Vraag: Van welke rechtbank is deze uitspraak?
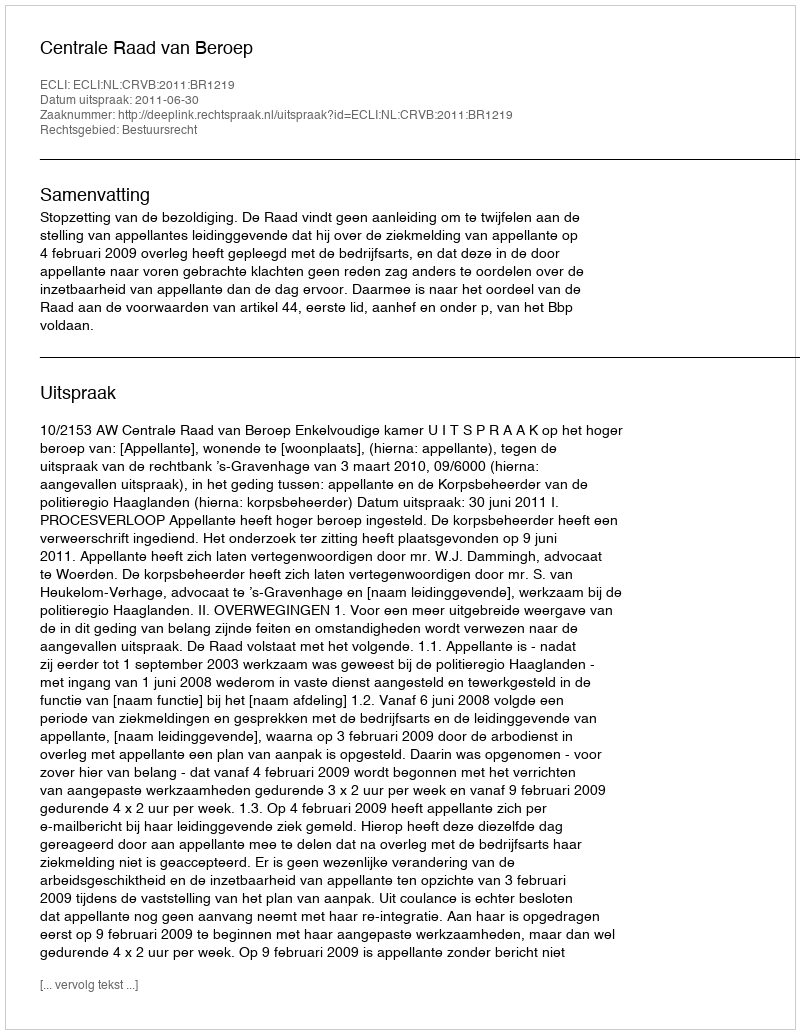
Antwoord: Centrale Raad van Beroep